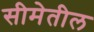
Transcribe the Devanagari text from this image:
सीमेतील